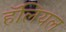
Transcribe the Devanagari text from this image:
हॅलियल